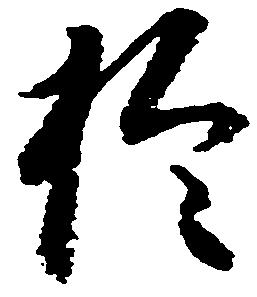
於